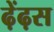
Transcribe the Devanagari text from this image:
ढ़ेंढ़स